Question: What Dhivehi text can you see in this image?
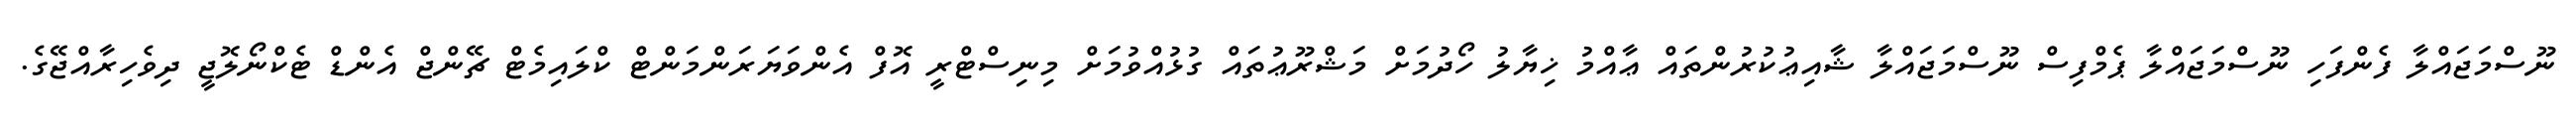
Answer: ނޫސްމަޖައްލާ ފެންފަހި ނޫސްމަޖައްލާ ޕެމްފިސް ނޫސްމަޖައްލާ ޝާއިޢުކުރުންތައް ޢާއްމު ޚިޔާލު ހޯދުމަށް މަޝްރޫޢުތައް ގުޅުއްވުމަށް މިނިސްޓްރީ އޮފް އެންވަޔަރަންމަންޓް ކްލައިމެޓް ޗޭންޖް އެންޑް ޓެކްނޯލޮޖީ ދިވެހިރާއްޖޭގެ.